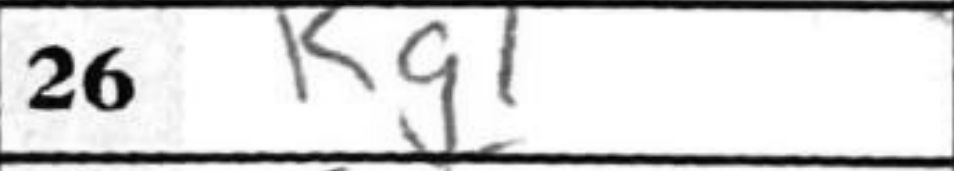
Transcription: Rg1